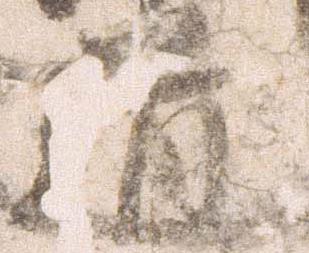
道